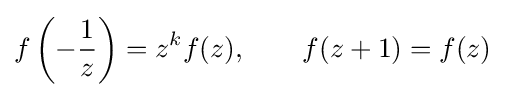
f\left(-{\frac {1}{z}}\right)=z^{k}f(z),\qquad f(z+1)=f(z)